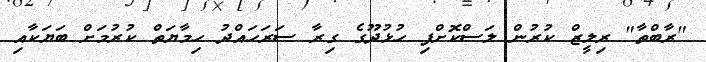
"ރާބްތާ" ރިލީޒް ކުރުން ލަސްކޮށްފި ހުޅުދޫގެ ގިރާ ސަރަހައްދު ހިމާޔަތް ކުރުމަށް ބަޔަކާއި